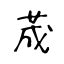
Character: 荿